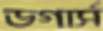
ডগার্স